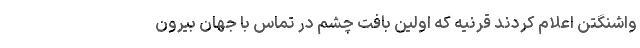
واشنگتن اعلام کردند قرنیه که اولین بافت چشم در تماس با جهان بیرون